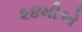
૨૪મીએ